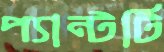
প্যান্টটি